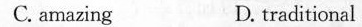
C. amazing D. traditional